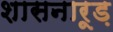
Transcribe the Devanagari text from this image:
शासनारूड़